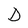
Character: D